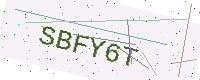
Text: SBFY6T